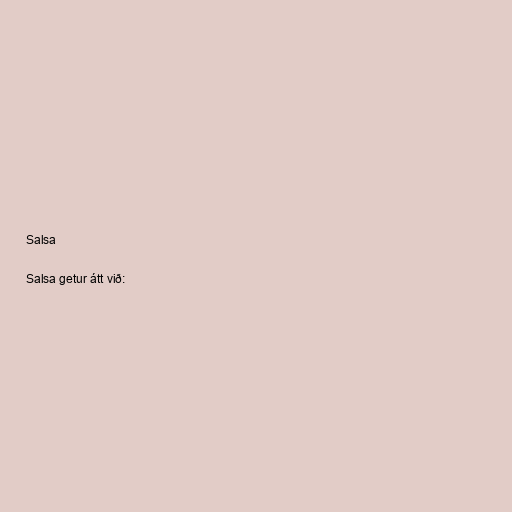
Salsa

Salsa getur átt við: